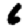
Digit: 6